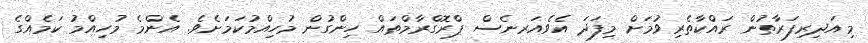
މިއަދިރިފަރާތުން ރައްކާތެރިވުމަށް މިފަދަ އެވެއަރނެސް ޕްރޮގްރާމްތައް ހިންގުން މުހިއްމުކަމަށެވެ. އެންމެ މުހިއްމު ކަމެއްގެ